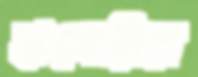
হাঙ্গেরির